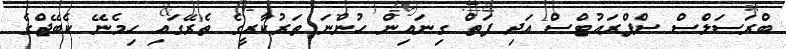
ބްރަސަލްސް ސްޕްރައުޓްސް އަދި ފަތް ގިނައިން ހުންނަ ތަރުކާރީގެ ތެރޭގައި ހިމެނޭ ކެބޭޖްގެ